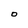
Character: O